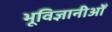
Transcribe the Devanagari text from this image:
भूविज्ञानीओँ